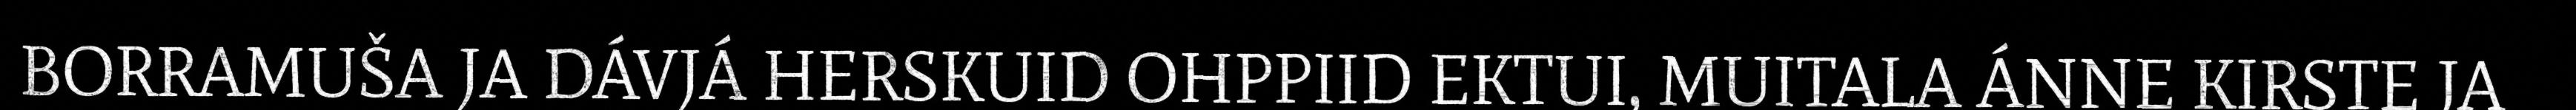
BORRAMUŠA JA DÁVJÁ HERSKUID OHPPIID EKTUI, MUITALA ÁNNE KIRSTE JA